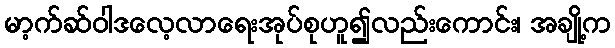
မာ့က်ဆ်ဝါဒလေ့လာရေးအုပ်စုဟူ၍လည်းကောင်း၊ အချို့က